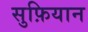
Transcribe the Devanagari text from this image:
सुफ़ियान